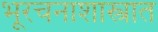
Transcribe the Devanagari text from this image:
भूरचनाशास्त्रात